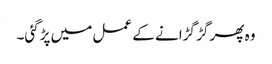
وہ پھر گڑ گڑانے کے عمل میں پڑگئی۔